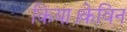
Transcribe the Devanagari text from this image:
किया।केविन